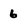
Character: 6